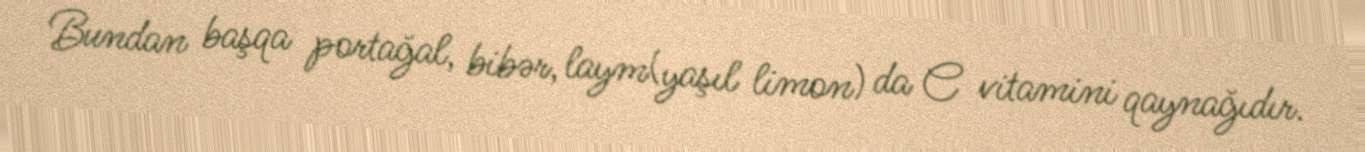
Bundan başqa portağal, bibər, laym(yaşıl limon) da C vitamini qaynağıdır.